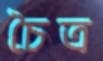
চৈত্র